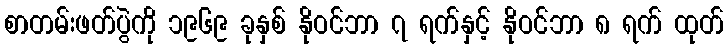
စာတမ်းဖတ်ပွဲကို ၁၉၆၉ ခုနှစ် နိုဝင်ဘာ ၇ ရက်နှင့် နိုဝင်ဘာ ၈ ရက် ထုတ်